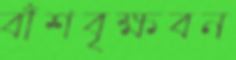
বাঁশবৃক্ষবন